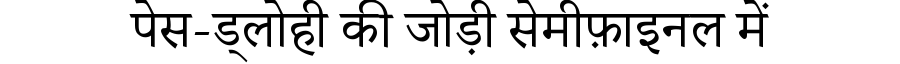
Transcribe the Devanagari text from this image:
पेस-ड्लोही की जोड़ी सेमीफ़ाइनल में